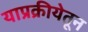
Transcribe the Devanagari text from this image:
याप्रक्रीयेतून